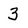
Character: 3